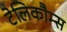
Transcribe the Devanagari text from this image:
टेलिकौम्स